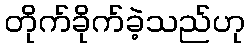
တိုက်ခိုက်ခဲ့သည်ဟု